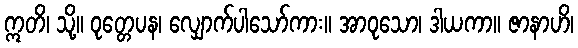
ဣတိ၊ သို့။ ဝုတ္တေပန၊ လျှောက်ပါသော်ကား။ အာဝုသော၊ ဒါယကာ။ ဇာနာဟိ၊